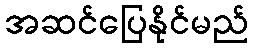
အဆင်ပြေနိုင်မည်